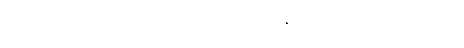
သူ၏ စကားကို ယာစုကို နားမလည်နိုင်အောင် ဖြစ်နေသည်။